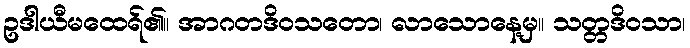
ဥဒါယီမထေရ်၏။ အာဂတဒိဝသတော၊ လာသောနေ့မှ။ သတ္တဒိဝသာ၊